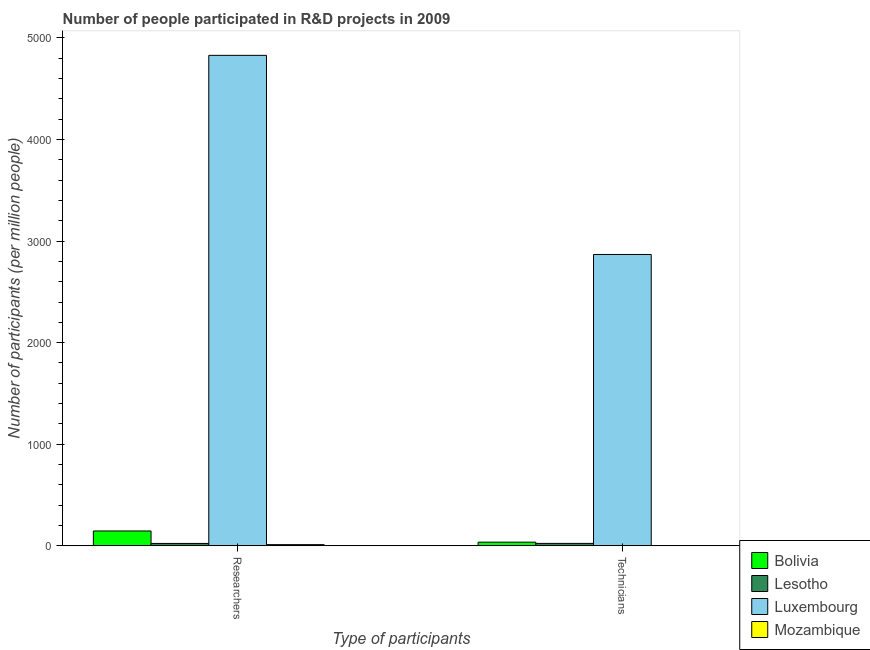
| Type of participants | Bolivia | Lesotho | Luxembourg | Mozambique |
 | --- | --- | --- | --- | --- |
 | Researchers | 146 | 23 | 4.83e+03 | 11.5 |
 | Technicians | 35.6 | 23.5 | 2.87e+03 | 2.01 |